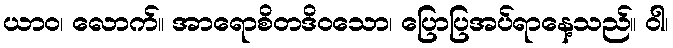
ယာဝ၊ လောက်။ အာရောစိတဒိဝသော၊ ပြောပြအပ်ရာနေ့သည်။ ဝါ၊